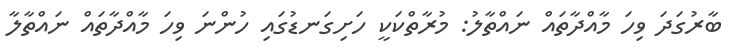
ބާރުގަދަ ވިހަ މާއްދާތައް ނައްތާލު: މުރާތްކަކީ ހަށިގަނޑުގައި ހުންނަ ވިހަ މާއްދާތައް ނައްތާލާ